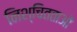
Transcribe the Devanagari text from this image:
निश्चितताओं